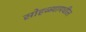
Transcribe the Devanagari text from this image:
सोहळ्यामधील